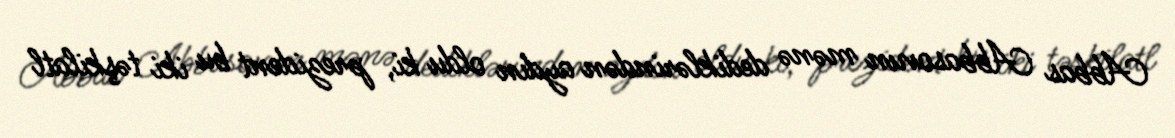
Abbas Abbasovun mənə dediklərindən aydın oldu ki, prezident bu iki təşkilatl